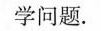
学问题.